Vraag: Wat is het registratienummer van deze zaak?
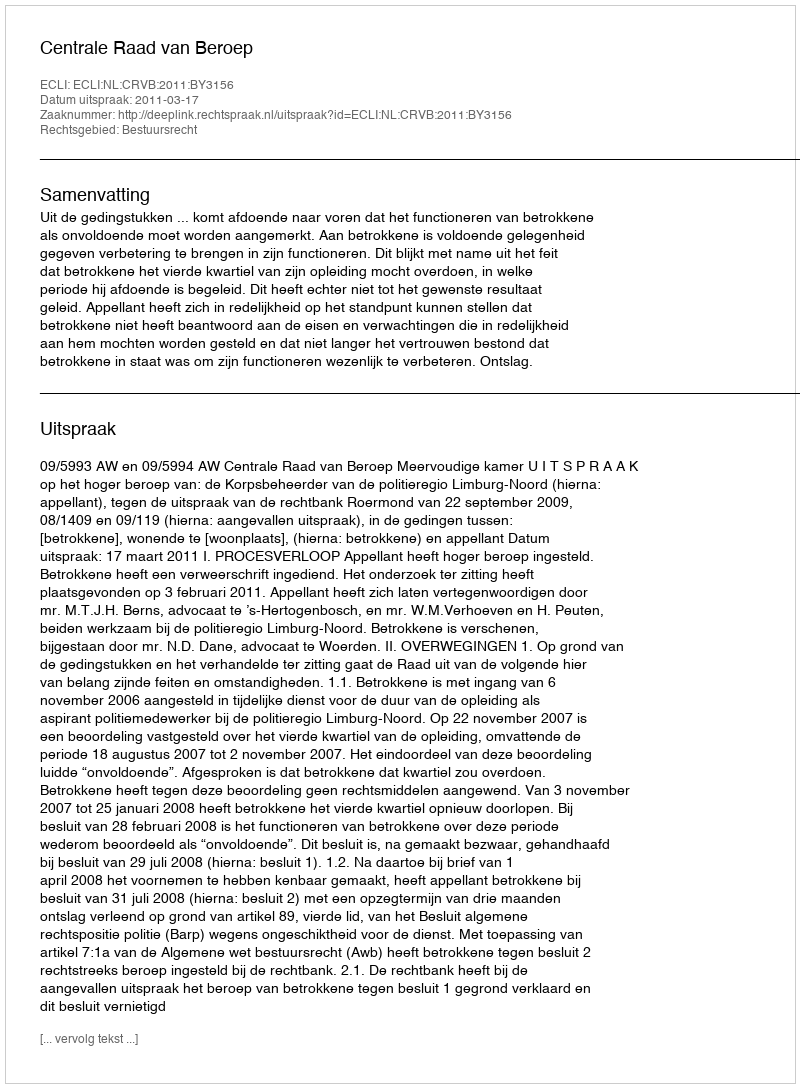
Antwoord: http://deeplink.rechtspraak.nl/uitspraak?id=ECLI:NL:CRVB:2011:BY3156